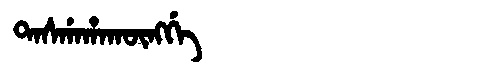
Manchu: ᡨᠠᠰᡤᠠᡥᠠᡴᡡᠩᡤᡝ
Romanization: TASGAHAKŪNGGE